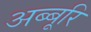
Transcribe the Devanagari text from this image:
अब्बूरि